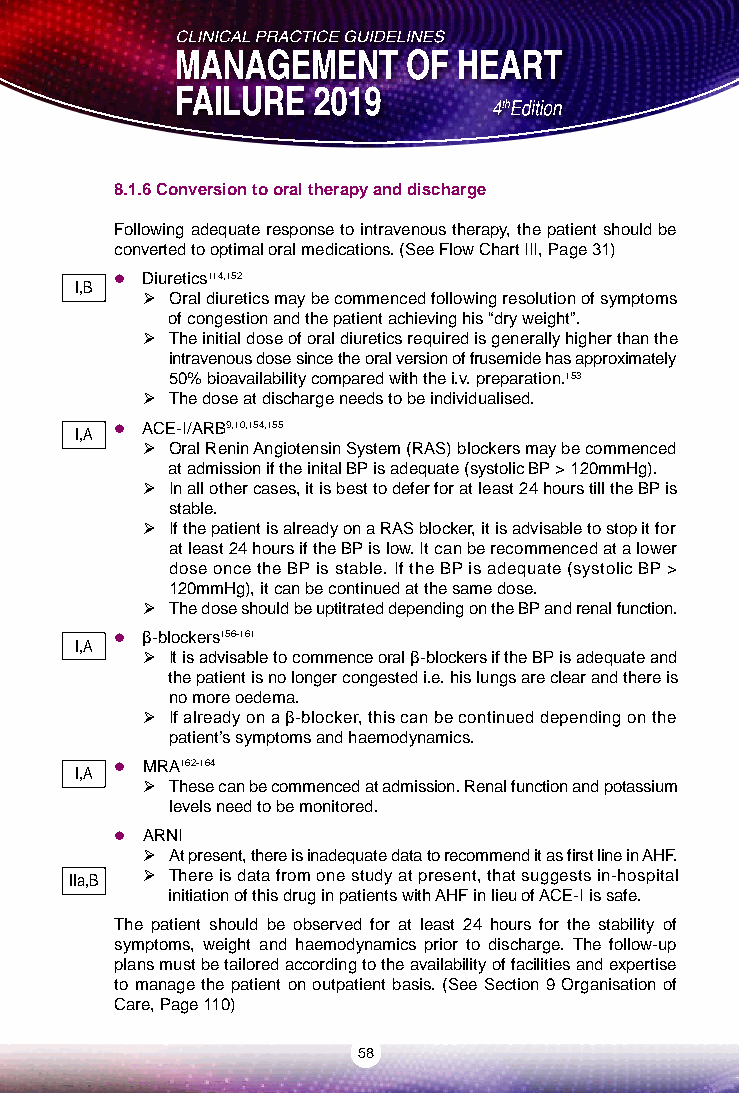
8.1.6 Conversion to oral therapy and discharge
 Following adequate response to intravenous therapy, the patient should be
 converted to optimal oral medications. (See Flow Chart III, Page 31)
  Diuretics114,152
 I,B
  Oral diuretics may be commenced following resolution of symptoms
 of congestion and the patient achieving his “dry weight”.
  The initial dose of oral diuretics required is generally higher than the
 intravenous dose since the oral version of frusemide has approximately
 50% bioavailability compared with the i.v. preparation.153
  The dose at discharge needs to be individualised.
 I,A  ACE-I/ARB9,10,154,155
  Oral Renin Angiotensin System (RAS) blockers may be commenced
 at admission if the inital BP is adequate (systolic BP > 120mmHg).
  In all other cases, it is best to defer for at least 24 hours till the BP is
 stable.
  If the patient is already on a RAS blocker, it is advisable to stop it for
 at least 24 hours if the BP is low. It can be recommenced at a lower
 dose once the BP is stable. If the BP is adequate (systolic BP >
 120mmHg), it can be continued at the same dose.
  The dose should be uptitrated depending on the BP and renal function.
  β-blockers156-161
 I,A
  It is advisable to commence oral β-blockers if the BP is adequate and
 the patient is no longer congested i.e. his lungs are clear and there is
 no more oedema.
  If already on a β-blocker, this can be continued depending on the
 patient’s symptoms and haemodynamics.
 I,A  MRA162-164
  These can be commenced at admission. Renal function and potassium
 levels need to be monitored.
  ARNI
  At present, there is inadequate data to recommend it as first line in AHF.
 IIa,B  There is data from one study at present, that suggests in-hospital
 initiation of this drug in patients with AHF in lieu of ACE-I is safe.
 The patient should be observed for at least 24 hours for the stability of
 symptoms, weight and haemodynamics prior to discharge. The follow-up
 plans must be tailored according to the availability of facilities and expertise
 to manage the patient on outpatient basis. (See Section 9 Organisation of
 Care, Page 110)
 58